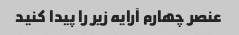
عنصر چهارم آرایه زیر را پیدا کنید